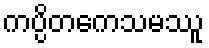
ကပ္ပိတကေသမဿူ